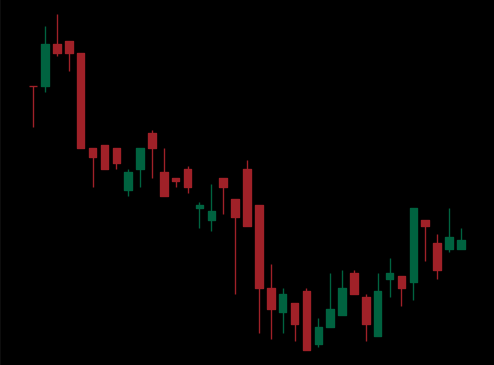
Pattern: bull_flag